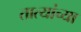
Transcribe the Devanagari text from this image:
तात्यांच्या